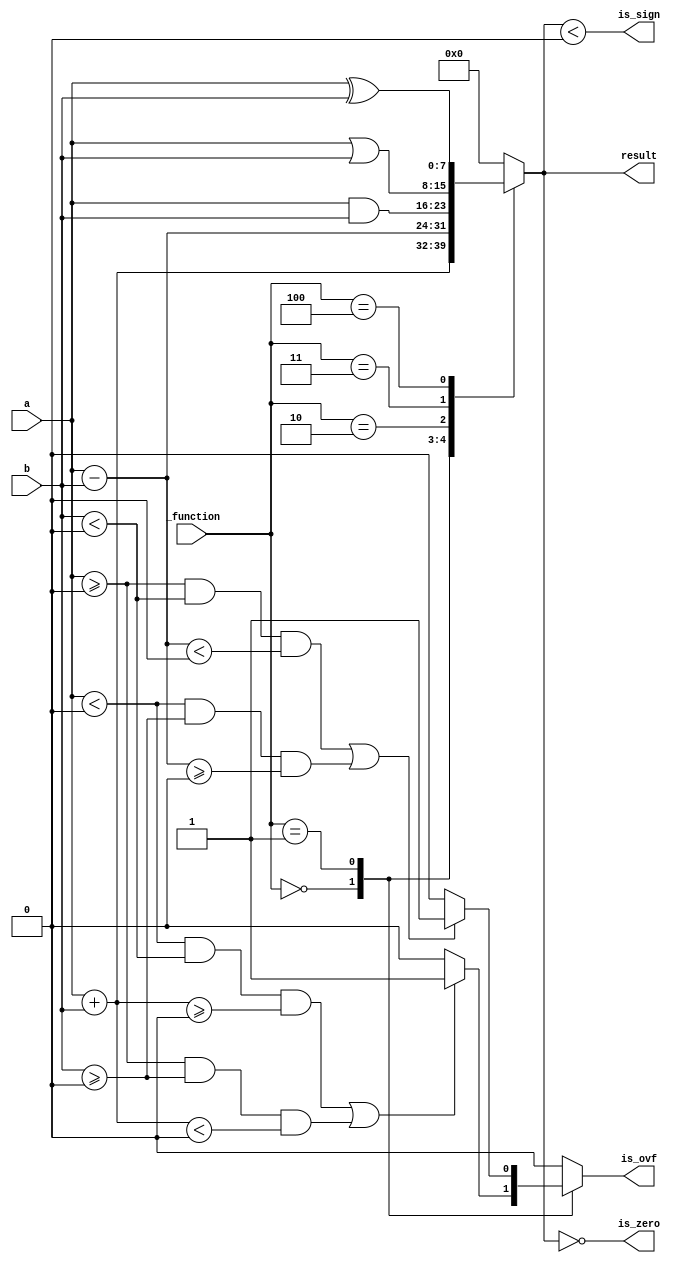
module ALU(
	input signed [7:0] a,
	input signed [7:0] b,
	input [2:0] _function,
	output signed [7:0] result,
	output reg is_zero,
	output reg is_sign,
	output reg is_ovf
	//output reg [7:0] LED
   );

	parameter ADD = 3'H0;
	parameter SUB = 3'H1;
	parameter AND = 3'H2;
	parameter  OR = 3'H3;
	parameter XOR = 3'H4;

	reg [7:0] result_data;
	assign result = result_data;
	
	always @ (a or b or _function)
	begin
		is_ovf = 0;
		case (_function)
			ADD:
			begin
				result_data = a + b;
				if((a < 0 && b< 0 && result_data >=0)||(a >= 0 && b >= 0 && result_data <0))
				begin
					is_ovf = 1;
				end
			end
			SUB:
			begin
				result_data = a - b;
				if((a >=0 && b< 0 && result_data <0)||(a < 0 && b >= 0 && result_data >=0))
				begin
					is_ovf = 1;
				end
			end
			AND: result_data = a & b;
			 OR: result_data = a | b;
			XOR: result_data = a ^ b;
			default: result_data = 3'H0;
		endcase
		is_zero = result_data == 0;
		is_sign = result_data < 0;
		//LED = result_data;
	end

endmodule